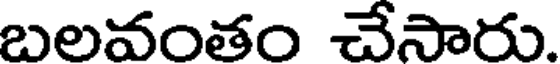
బలవంతం చేసారు.